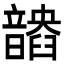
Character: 𩐽